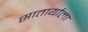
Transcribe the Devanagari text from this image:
सातार्याला